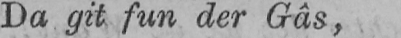
Do git fun der Gâs,